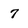
Character: 7